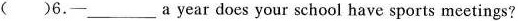
（）6.-___a year does your school have sports meetings?